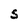
Character: S